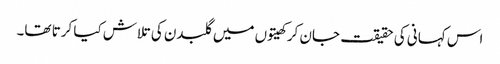
اس کہانی کی حقیقت جان کر کھیتوں میں گلبدن کی تلاش کیا کرتا تھا۔